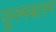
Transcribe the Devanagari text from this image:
पूनमबलम